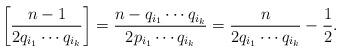
LaTeX: \begin{align*} \left[ \frac{n-1}{2 q_{i_1}\cdots q_{i_k}} \right] = \frac{n-q_{i_1}\cdots q_{i_k}}{2 p_{i_1}\cdots q_{i_k}} = \frac{n}{2 q_{i_1}\cdots q_{i_k}} - \frac12.\end{align*}